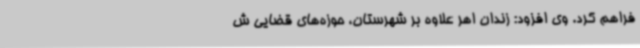
فراهم کرد. وی افزود: زندان اهر علاوه بر شهرستان، حوزه‌های قضایی ش